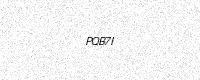
Text: PQB7I